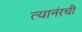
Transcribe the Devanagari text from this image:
त्यानंरची